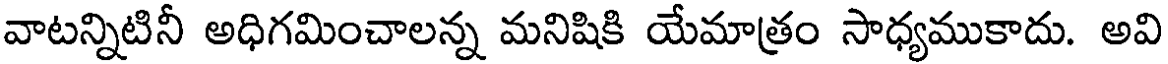
వాటన్నిటినీ అధిగమించాలన్న మనిషికి యేమాత్రం సాధ్యముకాదు. అవి